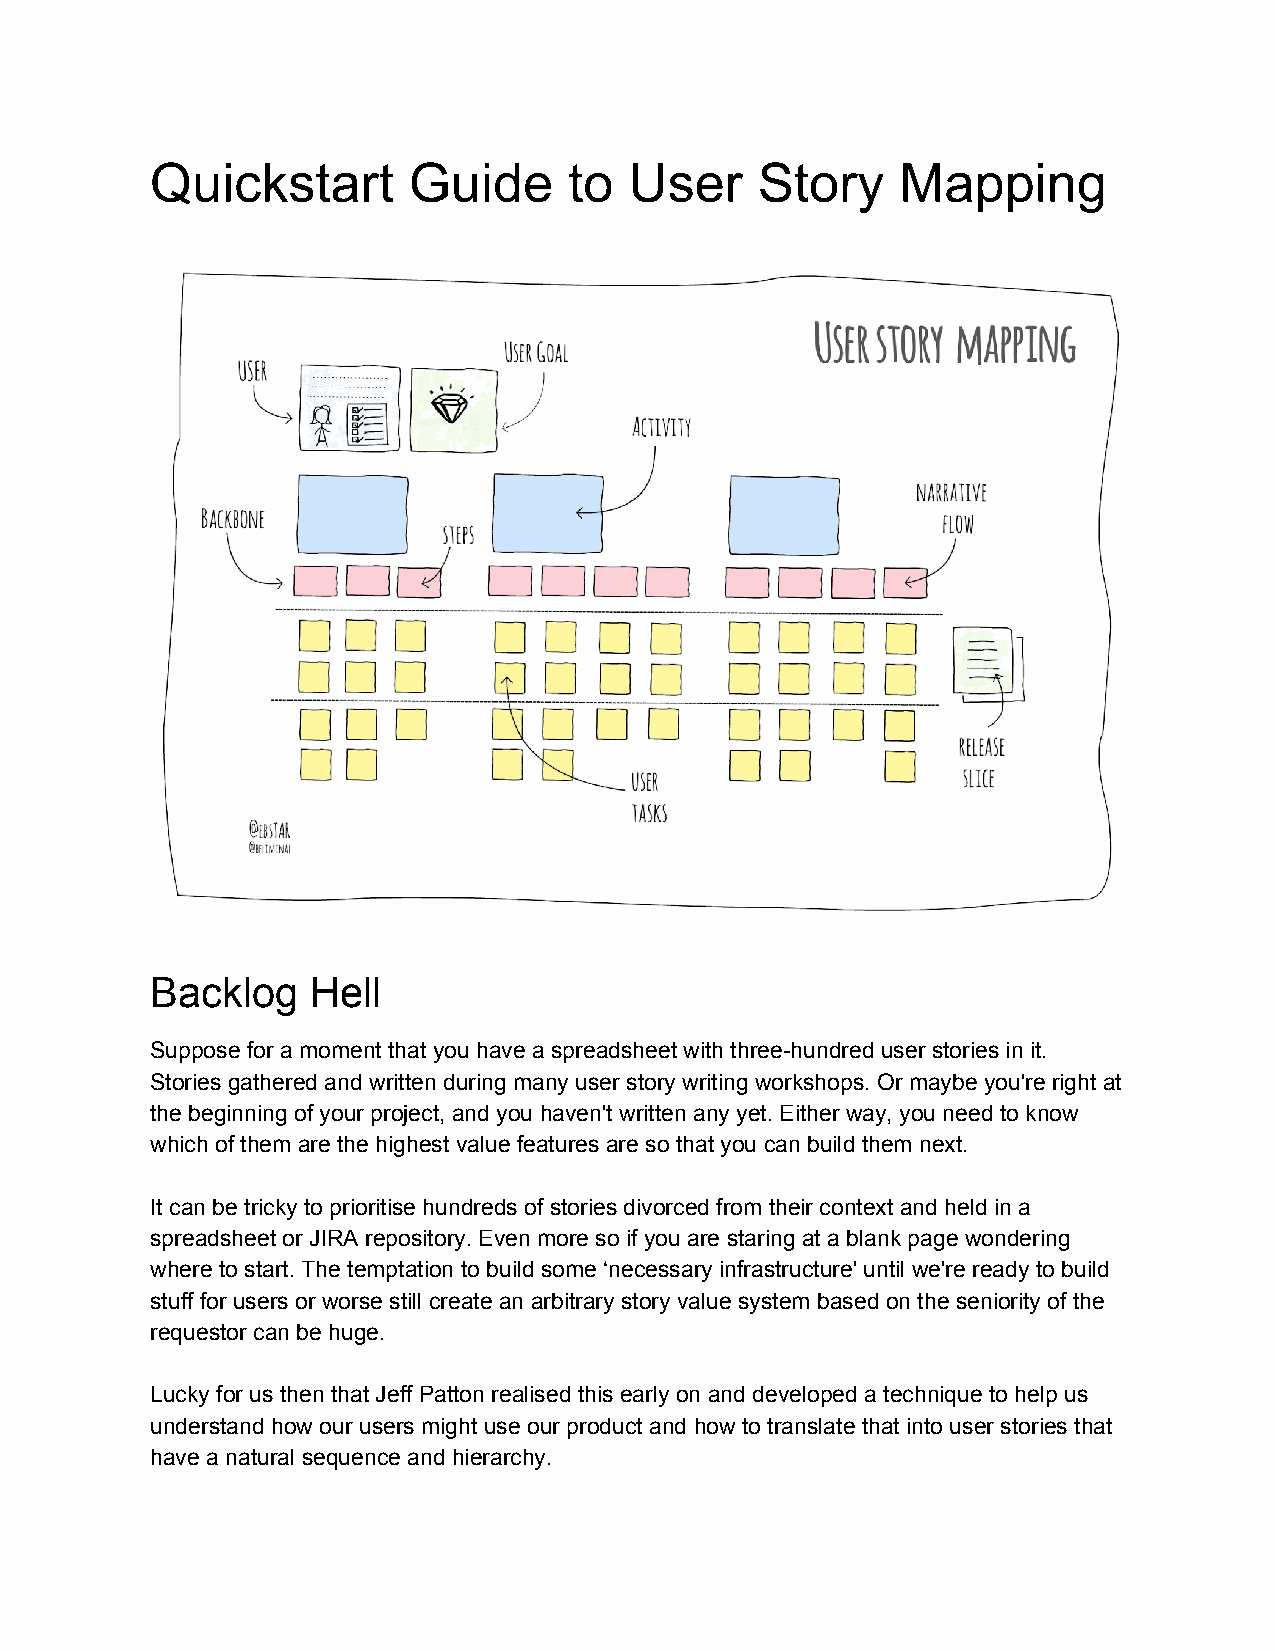
Quickstart       Guide      to  User    Story     Mapping
 Backlog    Hell
 Suppose for a moment that you have a spreadsheet with three-hundred user stories in it.
 Stories gathered and written during many user story writing workshops. Or maybe you're right at
 the beginning of your project, and you haven't written any yet. Either way, you need to know
 which of them are the highest value features are so that you can build them next.
 It can be tricky to prioritise hundreds of stories divorced from their context and held in a
 spreadsheet or JIRA repository. Even more so if you are staring at a blank page wondering
 where to start. The temptation to build some ‘necessary infrastructure' until we're ready to build
 stuff for users or worse still create an arbitrary story value system based on the seniority of the
 requestor can be huge.
 Lucky for us then that Jeff Patton realised this early on and developed a technique to help us
 understand how our users might use our product and how to translate that into user stories that
 have a natural sequence and hierarchy.